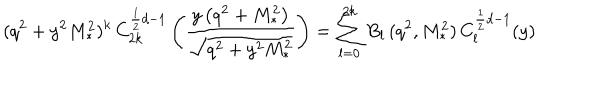
LaTeX: ( q ^ { 2 } + y ^ { 2 } M _ { \ast } ^ { 2 } ) ^ { k } \, C _ { 2 k } ^ { \frac { 1 } { 2 } d - 1 } \left( \frac { y \left( q ^ { 2 } + M _ { \ast } ^ { 2 } \right) } { \sqrt { q ^ { 2 } + y ^ { 2 } M _ { \ast } ^ { 2 } } } \right) = \sum _ { l = 0 } ^ { 2 k } B _ { l } \, ( q ^ { 2 } , M _ { \ast } ^ { 2 } ) \, C _ { l } ^ { \frac { 1 } { 2 } d - 1 } ( y )